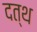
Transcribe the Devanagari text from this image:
दत्थ